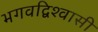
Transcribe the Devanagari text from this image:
भगवद्विश्‍वासी